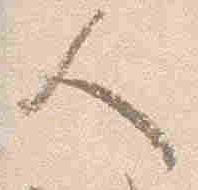
人